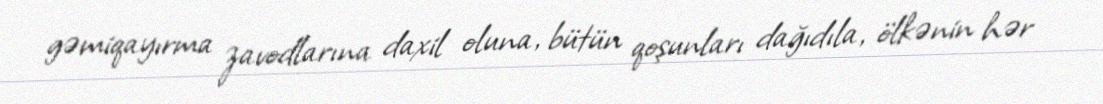
gəmiqayırma zavodlarına daxil oluna, bütün qoşunları dağıdıla, ölkənin hər